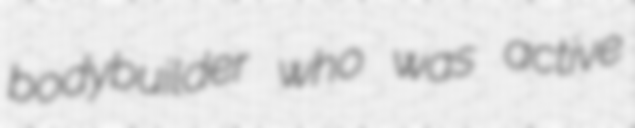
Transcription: bodybuilder who was active